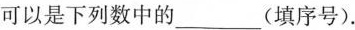
可以是下列数中的___(填序号).